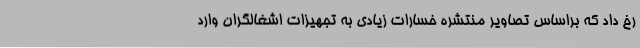
رخ داد که براساس تصاویر منتشره خسارات زیادی به تجهیزات اشغالگران وارد